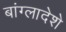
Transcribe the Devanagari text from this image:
बांग्लादेशे